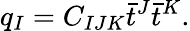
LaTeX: q_{I}=C_{IJK}\bar{t}^{J}\bar{t}^{K}.